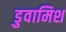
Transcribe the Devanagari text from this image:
डुवामिश